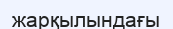
жарқылындағы